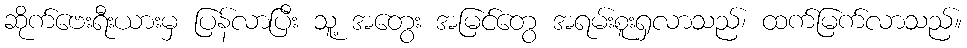
ဆိုက်ဗေးရီးယားမှ ပြန်လာပြီး သူ့ အတွေး အမြင်တွေ အရမ်းစူးရှလာသည်၊ ထက်မြက်လာသည်။